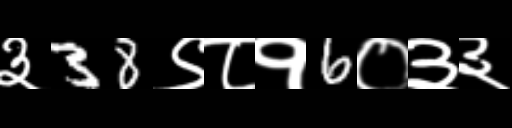
Text: ३38९८१6०३३